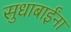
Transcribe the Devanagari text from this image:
सुधाबाईंना